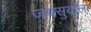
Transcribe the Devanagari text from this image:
जयसुर्याला